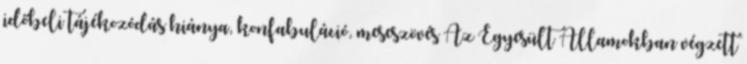
időbeli tájékozódás hiánya, konfabuláció, meseszövés Az Egyesült Államokban végzett